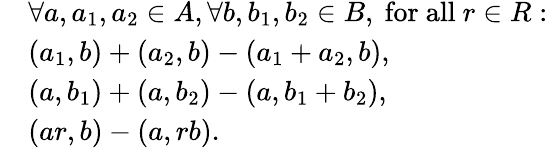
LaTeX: {\begin{array}{rl}&{\forall a,a_{1},a_{2}\in A,\forall b,b_{1},b_{2}\in B,{\mathrm{~for~all~}}r\in R:}\\ &{(a_{1},b)+(a_{2},b)-(a_{1}+a_{2},b),}\\ &{(a,b_{1})+(a,b_{2})-(a,b_{1}+b_{2}),}\\ &{(ar,b)-(a,rb).}\end{array}}